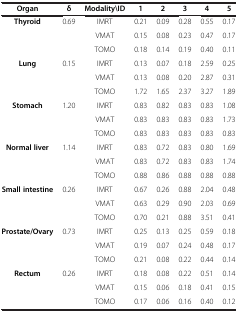
<table><thead><tr><td><b>Organ</b></td><td><b>δ</b></td><td><b>Modality\ID</b></td><td><b>1</b></td><td><b>2</b></td><td><b>3</b></td><td><b>4</b></td><td><b>5</b></td></tr></thead><tbody><tr><td rowspan="3"><b>Thyroid</b></td><td rowspan="3">0.69</td><td>IMRT</td><td>0.21</td><td>0.09</td><td>0.28</td><td>0.55</td><td>0.17</td></tr><tr><td>VMAT</td><td>0.15</td><td>0.08</td><td>0.23</td><td>0.47</td><td>0.17</td></tr><tr><td>TOMO</td><td>0.18</td><td>0.14</td><td>0.19</td><td>0.40</td><td>0.11</td></tr><tr><td rowspan="3"><b>Lung</b></td><td rowspan="3">0.15</td><td>IMRT</td><td>0.13</td><td>0.07</td><td>0.18</td><td>2.59</td><td>0.25</td></tr><tr><td>VMAT</td><td>0.13</td><td>0.08</td><td>0.20</td><td>2.87</td><td>0.31</td></tr><tr><td>TOMO</td><td>1.72</td><td>1.65</td><td>2.37</td><td>3.27</td><td>1.89</td></tr><tr><td rowspan="3"><b>Stomach</b></td><td rowspan="3">1.20</td><td>IMRT</td><td>0.83</td><td>0.82</td><td>0.83</td><td>0.83</td><td>1.08</td></tr><tr><td>VMAT</td><td>0.83</td><td>0.83</td><td>0.83</td><td>0.83</td><td>1.73</td></tr><tr><td>TOMO</td><td>0.83</td><td>0.83</td><td>0.83</td><td>0.83</td><td>0.83</td></tr><tr><td rowspan="3"><b>Normal liver</b></td><td rowspan="3">1.14</td><td>IMRT</td><td>0.83</td><td>0.72</td><td>0.83</td><td>0.80</td><td>1.69</td></tr><tr><td>VMAT</td><td>0.83</td><td>0.72</td><td>0.83</td><td>0.83</td><td>1.74</td></tr><tr><td>TOMO</td><td>0.88</td><td>0.86</td><td>0.88</td><td>0.88</td><td>0.88</td></tr><tr><td rowspan="3"><b>Small intestine</b></td><td rowspan="3">0.26</td><td>IMRT</td><td>0.67</td><td>0.26</td><td>0.88</td><td>2.04</td><td>0.48</td></tr><tr><td>VMAT</td><td>0.63</td><td>0.29</td><td>0.90</td><td>2.03</td><td>0.69</td></tr><tr><td>TOMO</td><td>0.70</td><td>0.21</td><td>0.88</td><td>3.51</td><td>0.41</td></tr><tr><td rowspan="3"><b>Prostate/Ovary</b></td><td rowspan="3">0.73</td><td>IMRT</td><td>0.25</td><td>0.13</td><td>0.25</td><td>0.59</td><td>0.18</td></tr><tr><td>VMAT</td><td>0.19</td><td>0.07</td><td>0.24</td><td>0.48</td><td>0.17</td></tr><tr><td>TOMO</td><td>0.21</td><td>0.08</td><td>0.22</td><td>0.44</td><td>0.14</td></tr><tr><td rowspan="3"><b>Rectum</b></td><td rowspan="3">0.26</td><td>IMRT</td><td>0.18</td><td>0.08</td><td>0.22</td><td>0.51</td><td>0.14</td></tr><tr><td>VMAT</td><td>0.15</td><td>0.06</td><td>0.18</td><td>0.41</td><td>0.15</td></tr><tr><td>TOMO</td><td>0.17</td><td>0.06</td><td>0.16</td><td>0.40</td><td>0.12</td></tr></tbody></table>